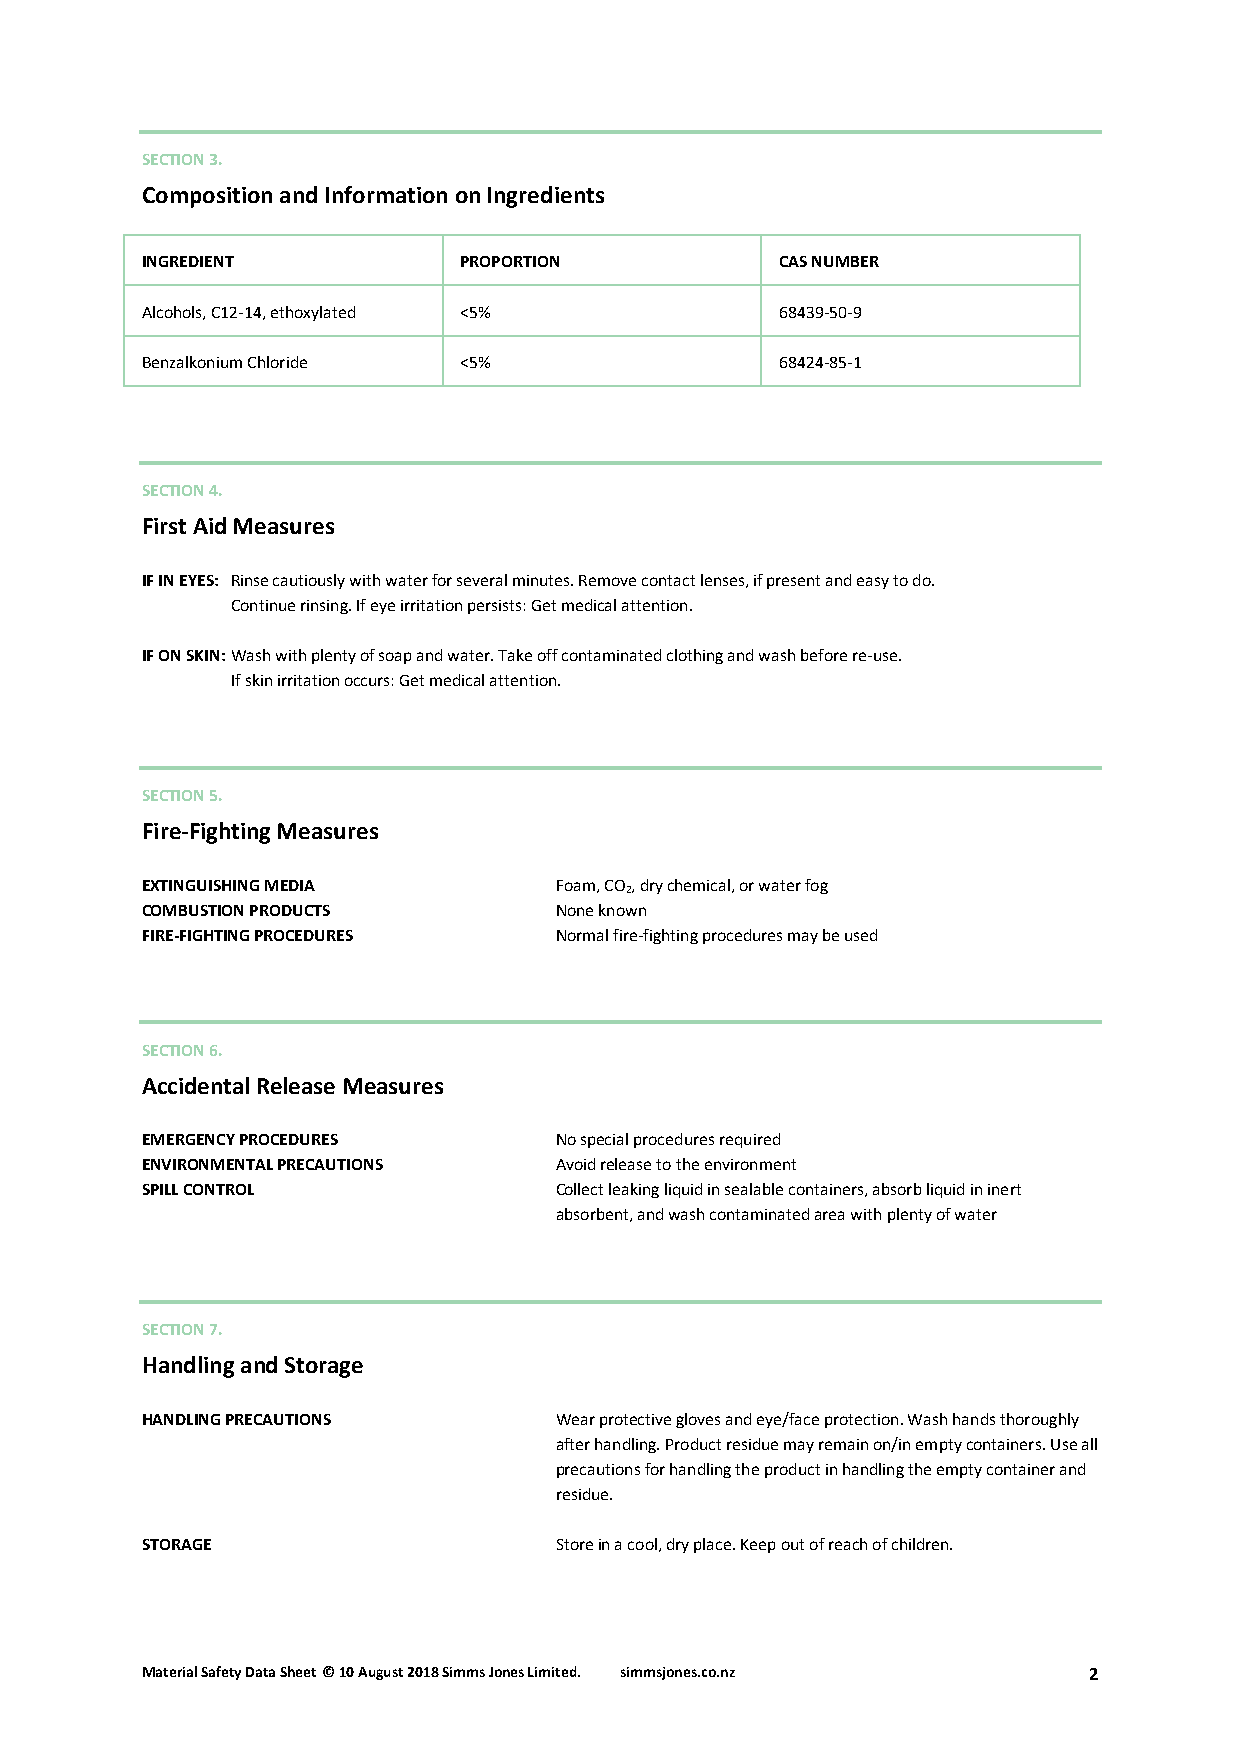
SECTION 3.
 Composition and Information on Ingredients
 INGREDIENT           PROPORTION            CAS NUMBER
 Alcohols, C12-14, ethoxylated <5%          68439-50-9
 Benzalkonium Chloride <5%                  68424-85-1
 SECTION 4.
 First Aid Measures
 IF IN EYES: Rinse cautiously with water for several minutes. Remove contact lenses, if present and easy to do.
 Continue rinsing. If eye irritation persists: Get medical attention.
 IF ON SKIN: Wash with plenty of soap and water. Take off contaminated clothing and wash before re-use.
 If skin irritation occurs: Get medical attention.
 SECTION 5.
 Fire-Fighting Measures
 EXTINGUISHING MEDIA         Foam, CO, dry chemical, or water fog
 2
 COMBUSTION PRODUCTS         None known
 FIRE-FIGHTING PROCEDURES    Normal fire-fighting procedures may be used
 SECTION 6.
 Accidental Release Measures
 EMERGENCY PROCEDURES        No special procedures required
 ENVIRONMENTAL PRECAUTIONS   Avoid release to the environment
 SPILL CONTROL               Collect leaking liquid in sealable containers, absorb liquid in inert
 absorbent, and wash contaminated area with plenty of water
 SECTION 7.
 Handling and Storage
 HANDLING PRECAUTIONS        Wear protective gloves and eye/face protection. Wash hands thoroughly
 after handling. Product residue may remain on/in empty containers. Use all
 precautions for handling the product in handling the empty container and
 residue.
 STORAGE                     Store in a cool, dry place. Keep out of reach of children.
 Material Safety Data Sheet© 10 August 2018 Simms Jones Limited. simmsjones.co.nz 2